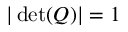
| \operatorname* { d e t } ( Q ) | = 1